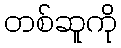
တစ်ဆူကို